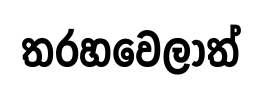
තරහවෙලාත්